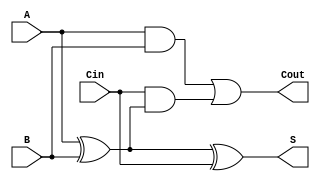
module RippleCarryFullAdder (
    input wire A,      // First binary input
    input wire B,      // Second binary input
    input wire Cin,    // Carry-in input
    output wire S,     // Sum output
    output wire Cout    // Carry-out output
);

// Internal signals for the intermediate calculations
wire AxorB;         // Intermediate signal for A XOR B
wire AandB;         // Intermediate signal for A AND B
wire CinAndAxorB;   // Intermediate signal for Cin AND (A XOR B)

// Calculate the sum using XOR gates
assign AxorB = A ^ B;         // First XOR: A XOR B
assign S = AxorB ^ Cin;       // Second XOR: (A XOR B) XOR Cin

// Calculate the carry-out using AND and OR gates
assign AandB = A & B;                     // AND gate: A AND B
assign CinAndAxorB = Cin & AxorB;         // AND gate: Cin AND (A XOR B)
assign Cout = AandB | CinAndAxorB;        // OR gate: (A AND B) OR (Cin AND (A XOR B))

endmodule